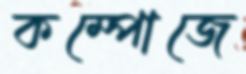
কম্পোজে